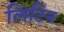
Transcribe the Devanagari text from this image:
लिटिन